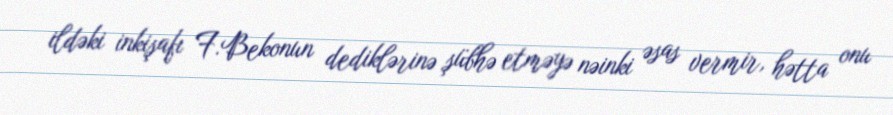
ildəki inkişafı F.Bekonun dediklərinə şübhə etməyə nəinki əsas vermir, hətta onu